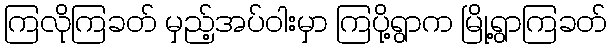
ကြလိုကြခတ် မှည့်အပ်ဝါးမှာ ကြပို့ရွာက မြို့ရွာကြခတ်